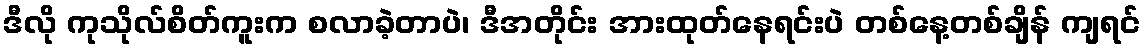
ဒီလို ကုသိုလ်စိတ်ကူးက စလာခဲ့တာပဲ၊ ဒီအတိုင်း အားထုတ်နေရင်းပဲ တစ်နေ့တစ်ချိန် ကျရင်